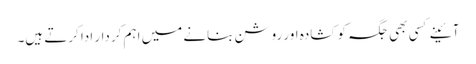
آئینے کسی بھی جگہ کو کشادہ اور روشن بنانے میں اہم کردار ادا کرتے ہیں۔